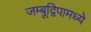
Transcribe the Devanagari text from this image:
जम्बूद्विपामध्ये